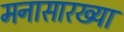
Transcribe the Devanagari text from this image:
मनासारख्या